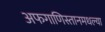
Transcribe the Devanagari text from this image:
अफगाणिस्तानमधल्या